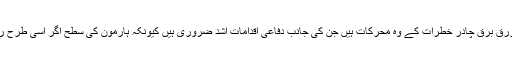
اس تحقیق کے مطابق بڑے شہروں کی دن نما راتیں اور روشنی کی زرق برق چادر خطرات کے وہ محرکات ہیں جن کی جانب دفاعی اقدامات اشد ضروری ہیں کیونکہ ہارمون کی سطح اگر اسی طرح روز بروز گھٹتی رہی تو زندگی کے مراحل دشوار گزار ہوسکتے ہیں۔